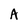
Character: A